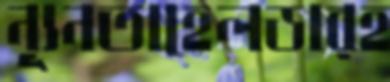
ন্যূনতাহেলডারহ